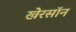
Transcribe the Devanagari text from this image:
खेरसॉन